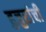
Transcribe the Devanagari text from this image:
हुजुरांची